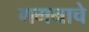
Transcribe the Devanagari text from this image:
गगनाचे